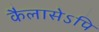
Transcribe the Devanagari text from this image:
कैलासेऽपि